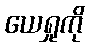
ယေရှုကို